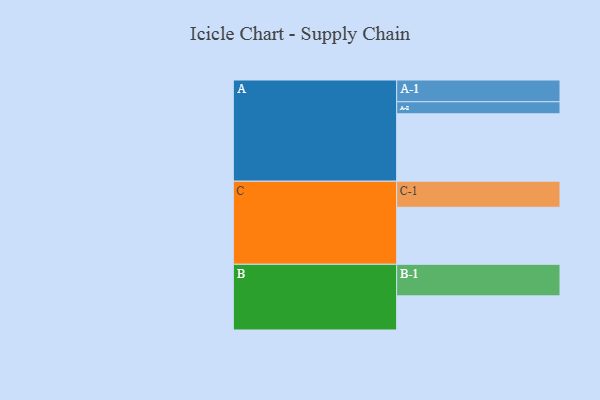
{"axis": {"x": "Segment", "y": "Value"}, "legend": ["", "A", "B", "C"], "data": [{"x": "A", "y": 592, "type": ""}, {"x": "B", "y": 300, "type": ""}, {"x": "C", "y": 501, "type": ""}, {"x": "A-1", "y": 191, "type": "A"}, {"x": "A-2", "y": 106, "type": "A"}, {"x": "B-1", "y": 277, "type": "B"}, {"x": "C-1", "y": 229, "type": "C"}]}